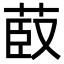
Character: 菣